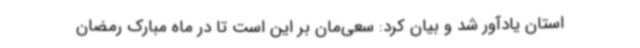
استان یادآور شد و بیان کرد: سعی‌مان بر این است تا در ماه مبارک رمضان